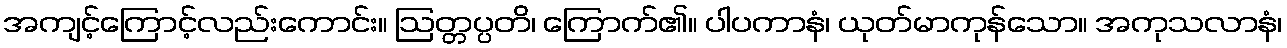
အကျင့်ကြောင့်လည်းကောင်း။ ဩတ္တပ္ပတိ၊ ကြောက်၏။ ပါပကာနံ၊ ယုတ်မာကုန်သော။ အကုသလာနံ၊